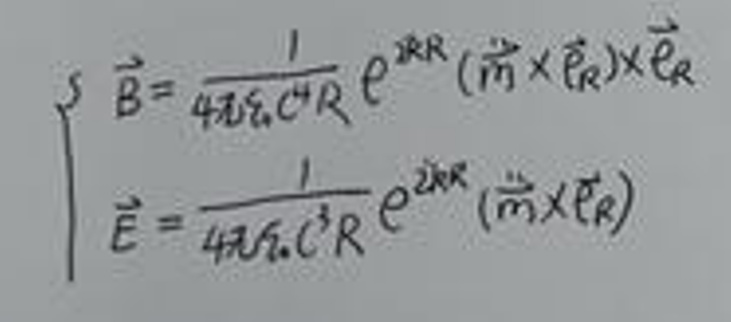
\begin{align*}
\vec{B} &= \frac{1}{4\pi\epsilon_0 c^2 R} e^{i k R} (\vec{m} \times \vec{e}_R) \times \vec{e}_R\\
\vec{E} &= \frac{1}{4\pi\epsilon_0 c^3 R} e^{i k R} (\vec{m} \times \vec{e}_R)
\end{align*}